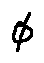
\phi